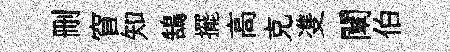
删窅知鵠擺高克㕠闡伯